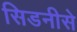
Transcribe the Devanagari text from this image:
सिडनीसे